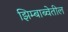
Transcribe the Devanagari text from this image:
झिम्बाब्वेतील